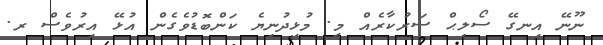
ނޫނޭ އިނގޭ ސޯލިޙް ސަރުކާރެއް މީ. މުޅިދުނިޔެ ކަންބޮޑުވެގެން އުޅޭ އިރުވެސް ރ.